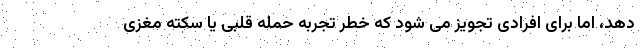
دهد، اما برای افرادی تجویز می شود که خطر تجربه حمله قلبی یا سکته مغزی